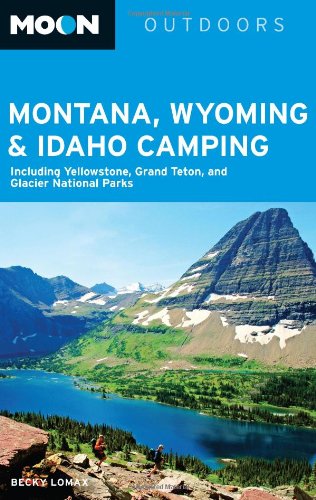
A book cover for Moon Montana, Wyoming & Idaho Camping: Including Yellowstone, Grand Teton, and Glacier National Parks (Moon Outdoors); Becky Lomax; Travel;